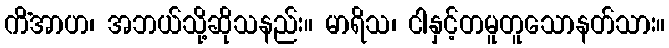
ကိံအာဟ၊ အဘယ်သို့ဆိုသနည်း။ မာရိသ၊ ငါနှင့်တမူတူသောနတ်သား။